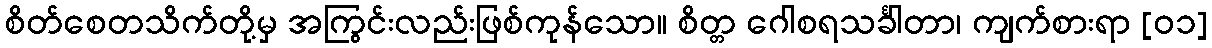
စိတ်စေတသိက်တို့မှ အကြွင်းလည်းဖြစ်ကုန်သော။ စိတ္တ ဂေါစရသင်္ခါတာ၊ ကျက်စားရာ [၀၁]